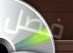
فضل